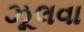
ઝૂલવા